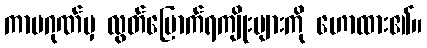
ကာမဂုဏ်မှ လွတ်မြောက်ရကျိုးများကို ဟောထား၏။